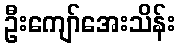
ဦးကျော်အေးသိန်း